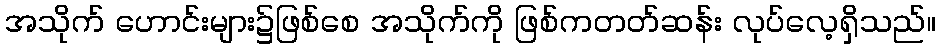
အသိုက် ဟောင်းများ၌ဖြစ်စေ အသိုက်ကို ဖြစ်ကတတ်ဆန်း လုပ်လေ့ရှိသည်။